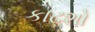
કાઢશો